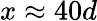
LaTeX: x\approx 40d